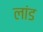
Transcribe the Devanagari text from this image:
लांड